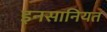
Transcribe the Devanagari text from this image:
इनसानियत